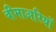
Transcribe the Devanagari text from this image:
बीमाअरियों